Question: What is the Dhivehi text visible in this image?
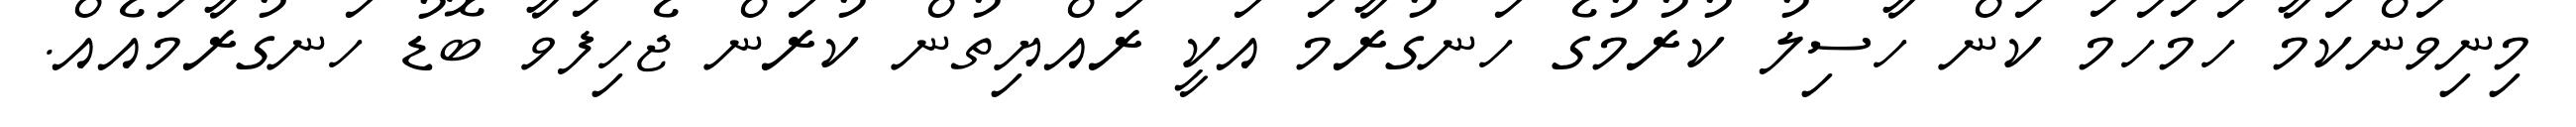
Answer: މިނިވަންކަމާ ހަމަހަމަ ކަން ހާސިލު ކުރުމުގެ ހަނގުރާމަ އަކީ ރައްޔިތުން ކުރަން ޖެހިފަވާ ބޮޑު ހަނގުރާމައެއް.